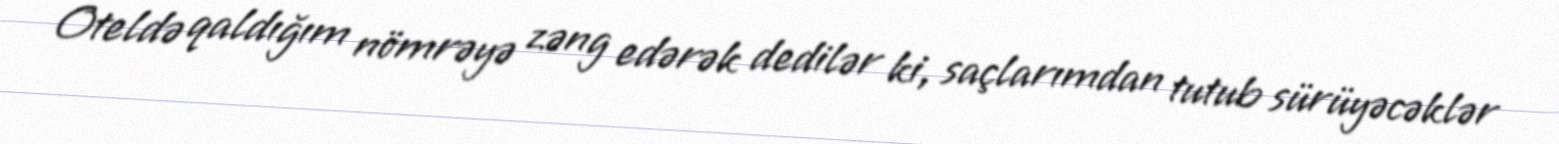
Oteldə qaldığım nömrəyə zəng edərək dedilər ki, saçlarımdan tutub sürüyəcəklər